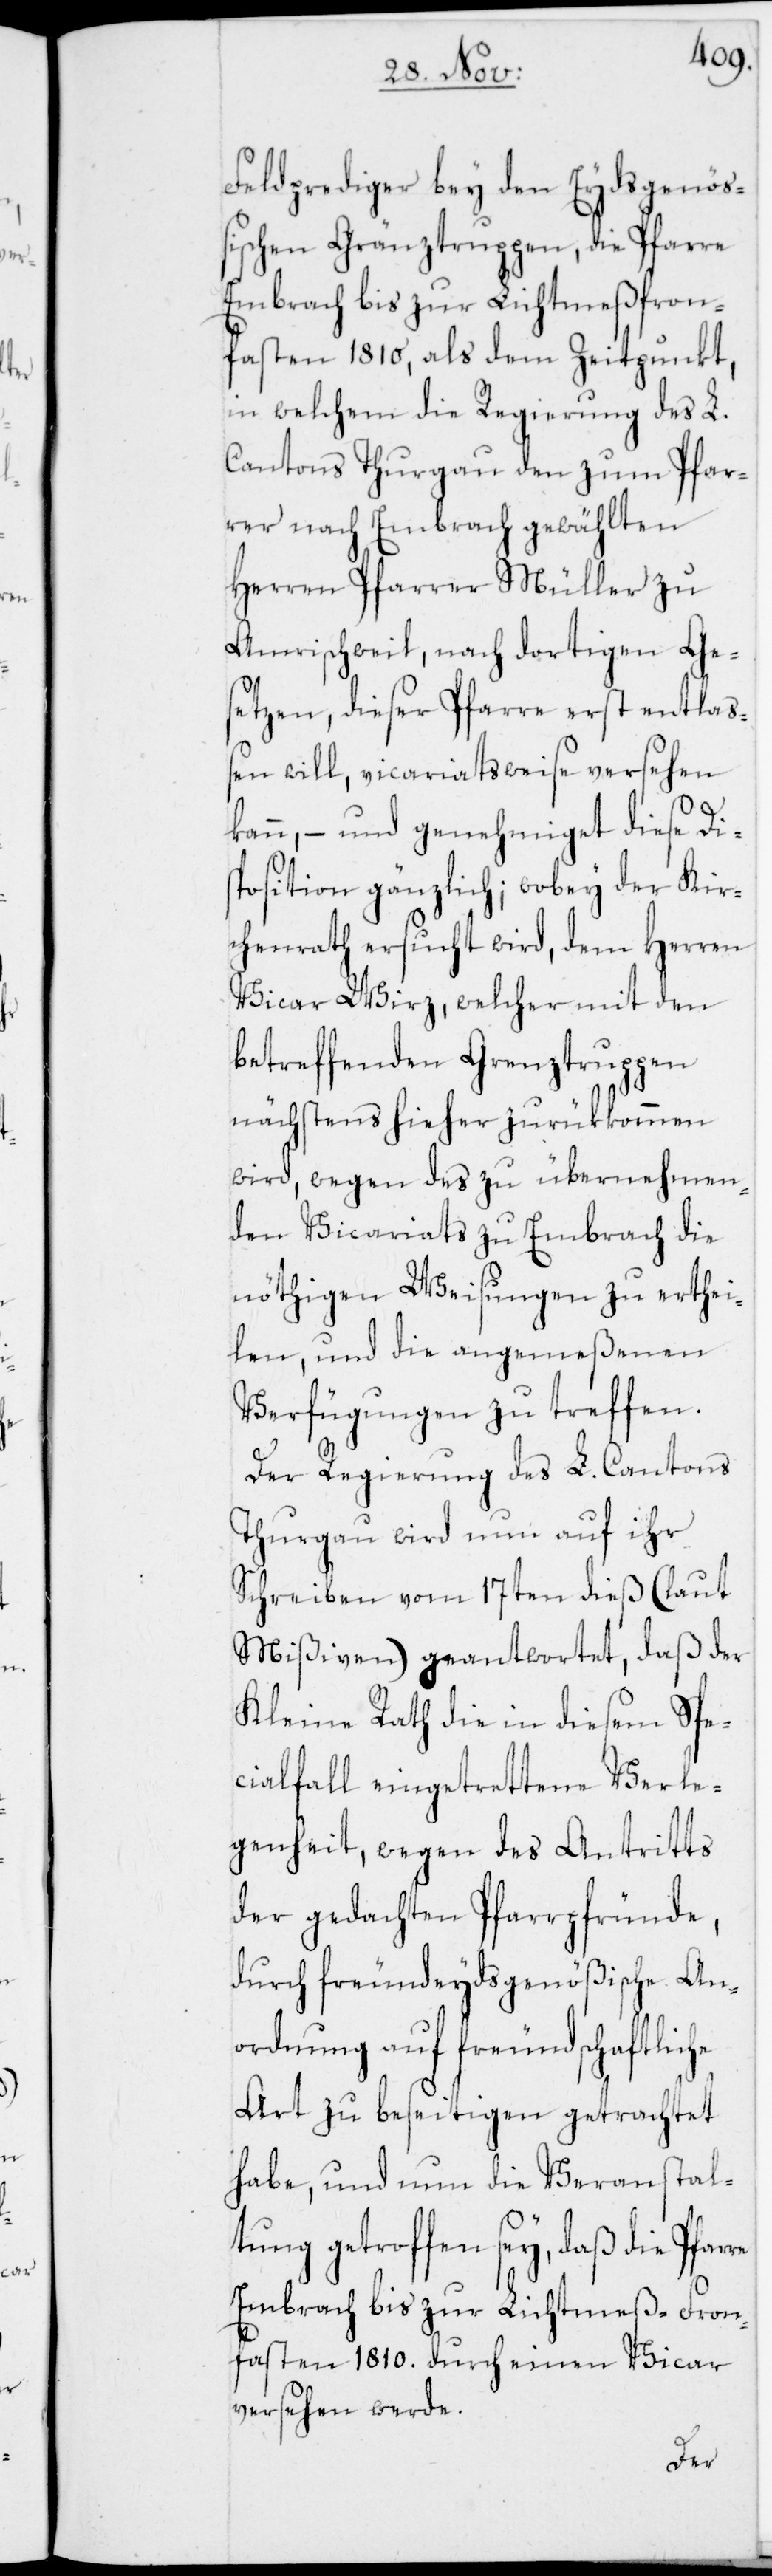
Feldprediger bey den Eydsgenöß¬
ischen Gränztruppen, die Pfarre
Embrach bis zur Lichtmeßfron¬
fasten 1810, als dem Zeitpunkt,
in welchem die Regierung des L.
Cantons Thurgau den zum Pfar¬
rer nach Embrach gewählten
Herren Pfarrer Müller zu
Amrischweil, nach dortigen Ge¬
setzen, dieser Pfarre erst entlaß¬
en will, vicariatsweise versehen
re
kann, – und genehmiget diese Dis¬
position gänzlich; wobey der Kir¬
chenrath ersucht wird, dem Herren
Vicar Wirz, welcher mit den
betreffenden Grenztruppen
nächstens hieher zurükkommen
wird, wegen des zu übernehmen¬
den Vicariats zu Embrach die
nöthigen Weisungen zu erthei¬
len, und die angemeßenen
Verfügungen zu treffen.
Der Regierung des L. Cantons
Thurgau wird nun auf ihr
Schreiben vom 17ten dieß (laut
Mißiven) geantwortet, daß der
Kleine Rath die in diesem Spe¬
cialfall eingetrettene Verle¬
genheit, wegen des Antritts
der gedachten Pfarrpfründe,
durch freundeydsgenößische An¬
ordnung auf freundschaftliche
Art zu beseitigen getrachtet
habe, und nun die Veranstal¬
tung getroffen sey, daß die Pfar¬
Embrach bis zu Lichtmeß-Fron¬
fasten 1810. durch einen Vicar
versehen werde.